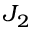
J _ { 2 }